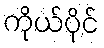
ကိုယ်ပိုင်